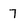
Character: 7